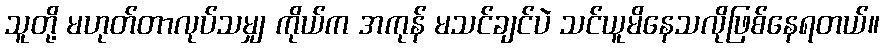
သူတို့ မဟုတ်တာလုပ်သမျှ ကိုယ်က အကုန် မသင်ချင်ပဲ သင်ယူမိနေသလိုဖြစ်နေရတယ်။